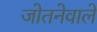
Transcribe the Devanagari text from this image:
जोतनेवाले